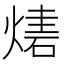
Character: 𤎃